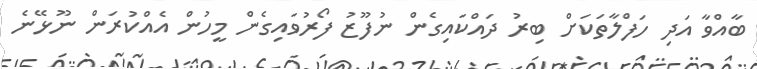
ބާއްވާ އަދި ހަފްލާތަކަށް ބިރު ދައްކައިގެން ނުފޫޒު ފޯރުވައިގެން މީހުން އެއްކުރަން ނޫޅޭނެ